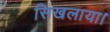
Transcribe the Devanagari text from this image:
सिखलाया।